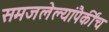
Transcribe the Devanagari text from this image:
समजलेल्यांपैकींच